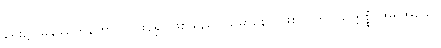
ရှေး၌။ မနုဿဘူတော၊ လူဖြစ်၍ ဖြစ်သည်။ သမာနော၊ ဖြစ်လျက်။ သက္ကစ္စံ၊ အရိုအသေ။